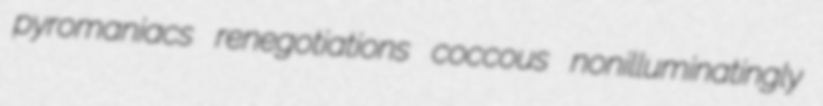
pyromaniacs renegotiations coccous nonilluminatingly